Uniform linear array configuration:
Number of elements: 64
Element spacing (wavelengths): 0.5
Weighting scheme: uniform
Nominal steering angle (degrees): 0
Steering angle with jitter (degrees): -0.2218
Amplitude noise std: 0.05
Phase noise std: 0.05

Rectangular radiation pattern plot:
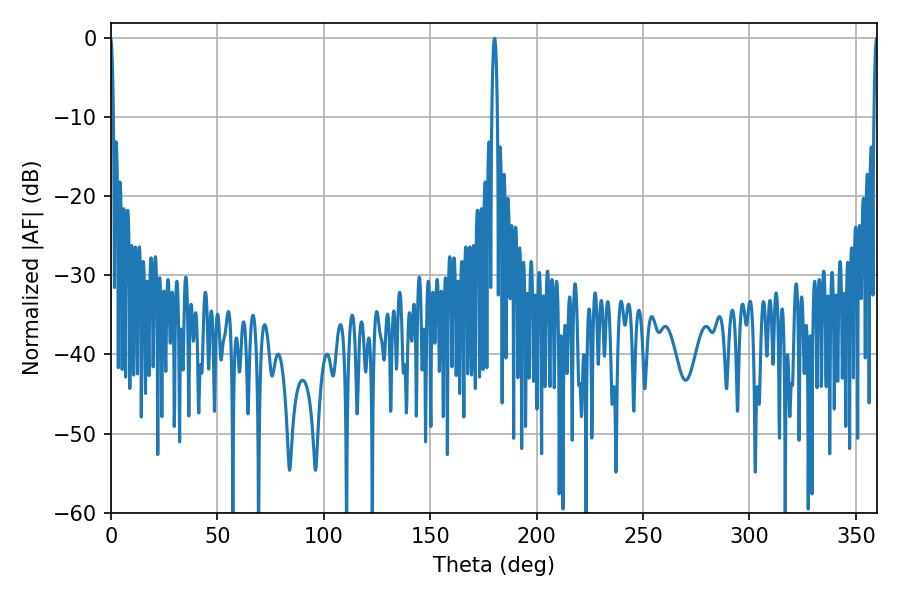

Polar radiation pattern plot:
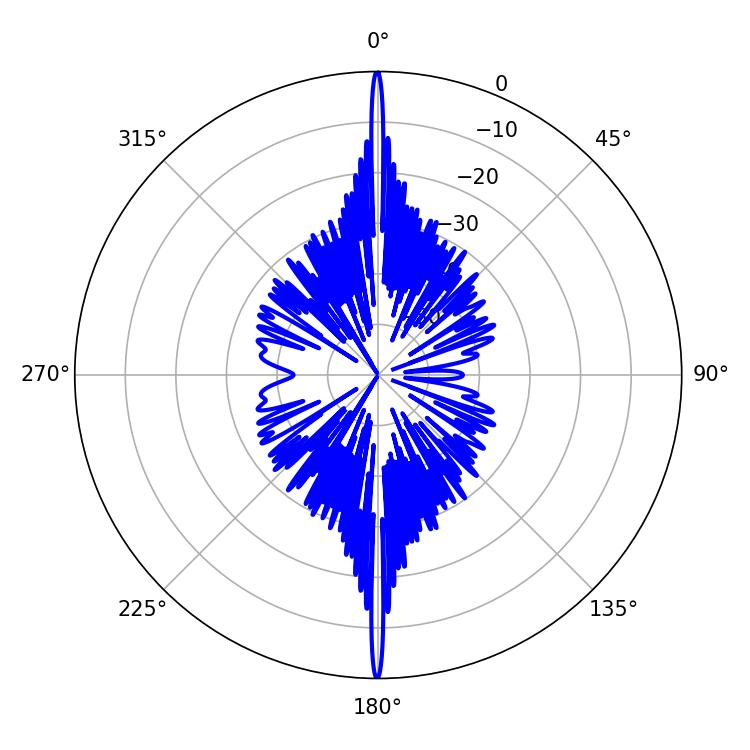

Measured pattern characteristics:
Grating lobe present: FALSE
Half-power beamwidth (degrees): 1.44
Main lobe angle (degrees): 180.18